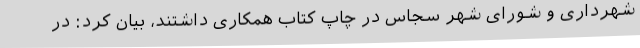
شهرداری و شورای شهر سجاس در چاپ کتاب همکاری داشتند، بیان کرد: در